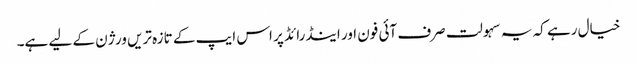
خیال رہے کہ یہ سہولت صرف آئی فون اور اینڈرائڈ پر اس ایپ کے تازہ تریں ورژن کے لیے ہے۔